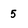
Character: 5